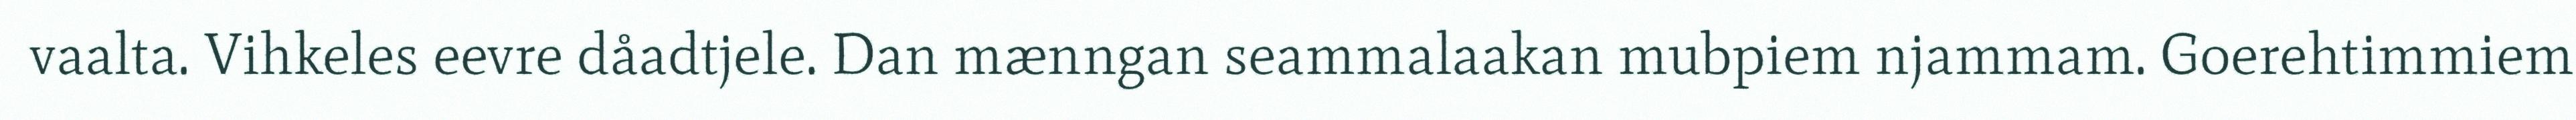
vaalta. Vihkeles eevre dåadtjele. Dan mænngan seammalaakan mubpiem njammam. Goerehtimmiem